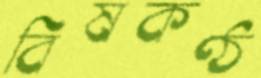
বিষকণ্ঠ